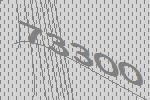
73300